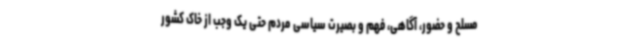
مسلح و حضور، آگاهی، فهم و بصیرت سیاسی مردم حتی یک وجب از خاک کشور